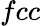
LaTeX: fcc